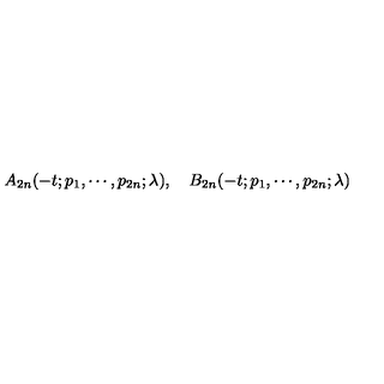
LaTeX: A _ { 2 n } ( - t ; p _ { 1 } , \cdots , p _ { 2 n } ; \lambda ) , \quad B _ { 2 n } ( - t ; p _ { 1 } , \cdots , p _ { 2 n } ; \lambda )